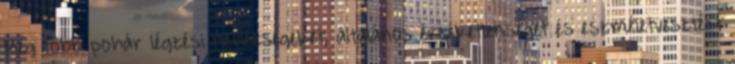
Még több pohár légzési nehézségeket, általános érzéketlenséget és eszméletvesztést